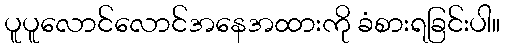
ပူပူလောင်လောင်အနေအထားကို ခံစားရခြင်းပါ။